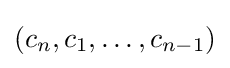
(c_{n},c_{1},\ldots ,c_{n-1})